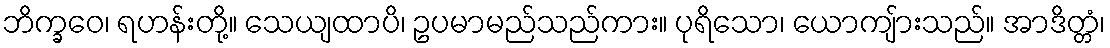
ဘိက္ခဝေ၊ ရဟန်းတို့။ သေယျထာပိ၊ ဥပမာမည်သည်ကား။ ပုရိသော၊ ယောကျ်ားသည်။ အာဒိတ္တံ၊